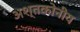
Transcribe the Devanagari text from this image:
अश्तकोनीय